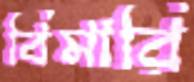
বিমারি